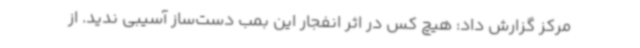
مرکز گزارش داد: هیچ کس در اثر انفجار این بمب دست‌ساز آسیبی ندید. از